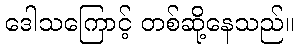
ဒေါသကြောင့် တစ်ဆို့နေသည်။